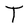
Character: T